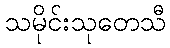
သမိုင်းသုတေသီ